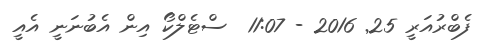
ފެބްރުއަރީ 25